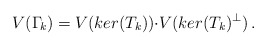
\begin{align*}V(\Gamma_{\!k})=V(ker(T_k)){\cdot}V(ker(T_k)^{\perp})\,. \end{align*}